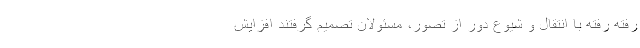
رفته رفته با انتقال و شیوع دور از تصور، مسئولان تصمیم گرفتند افزایش